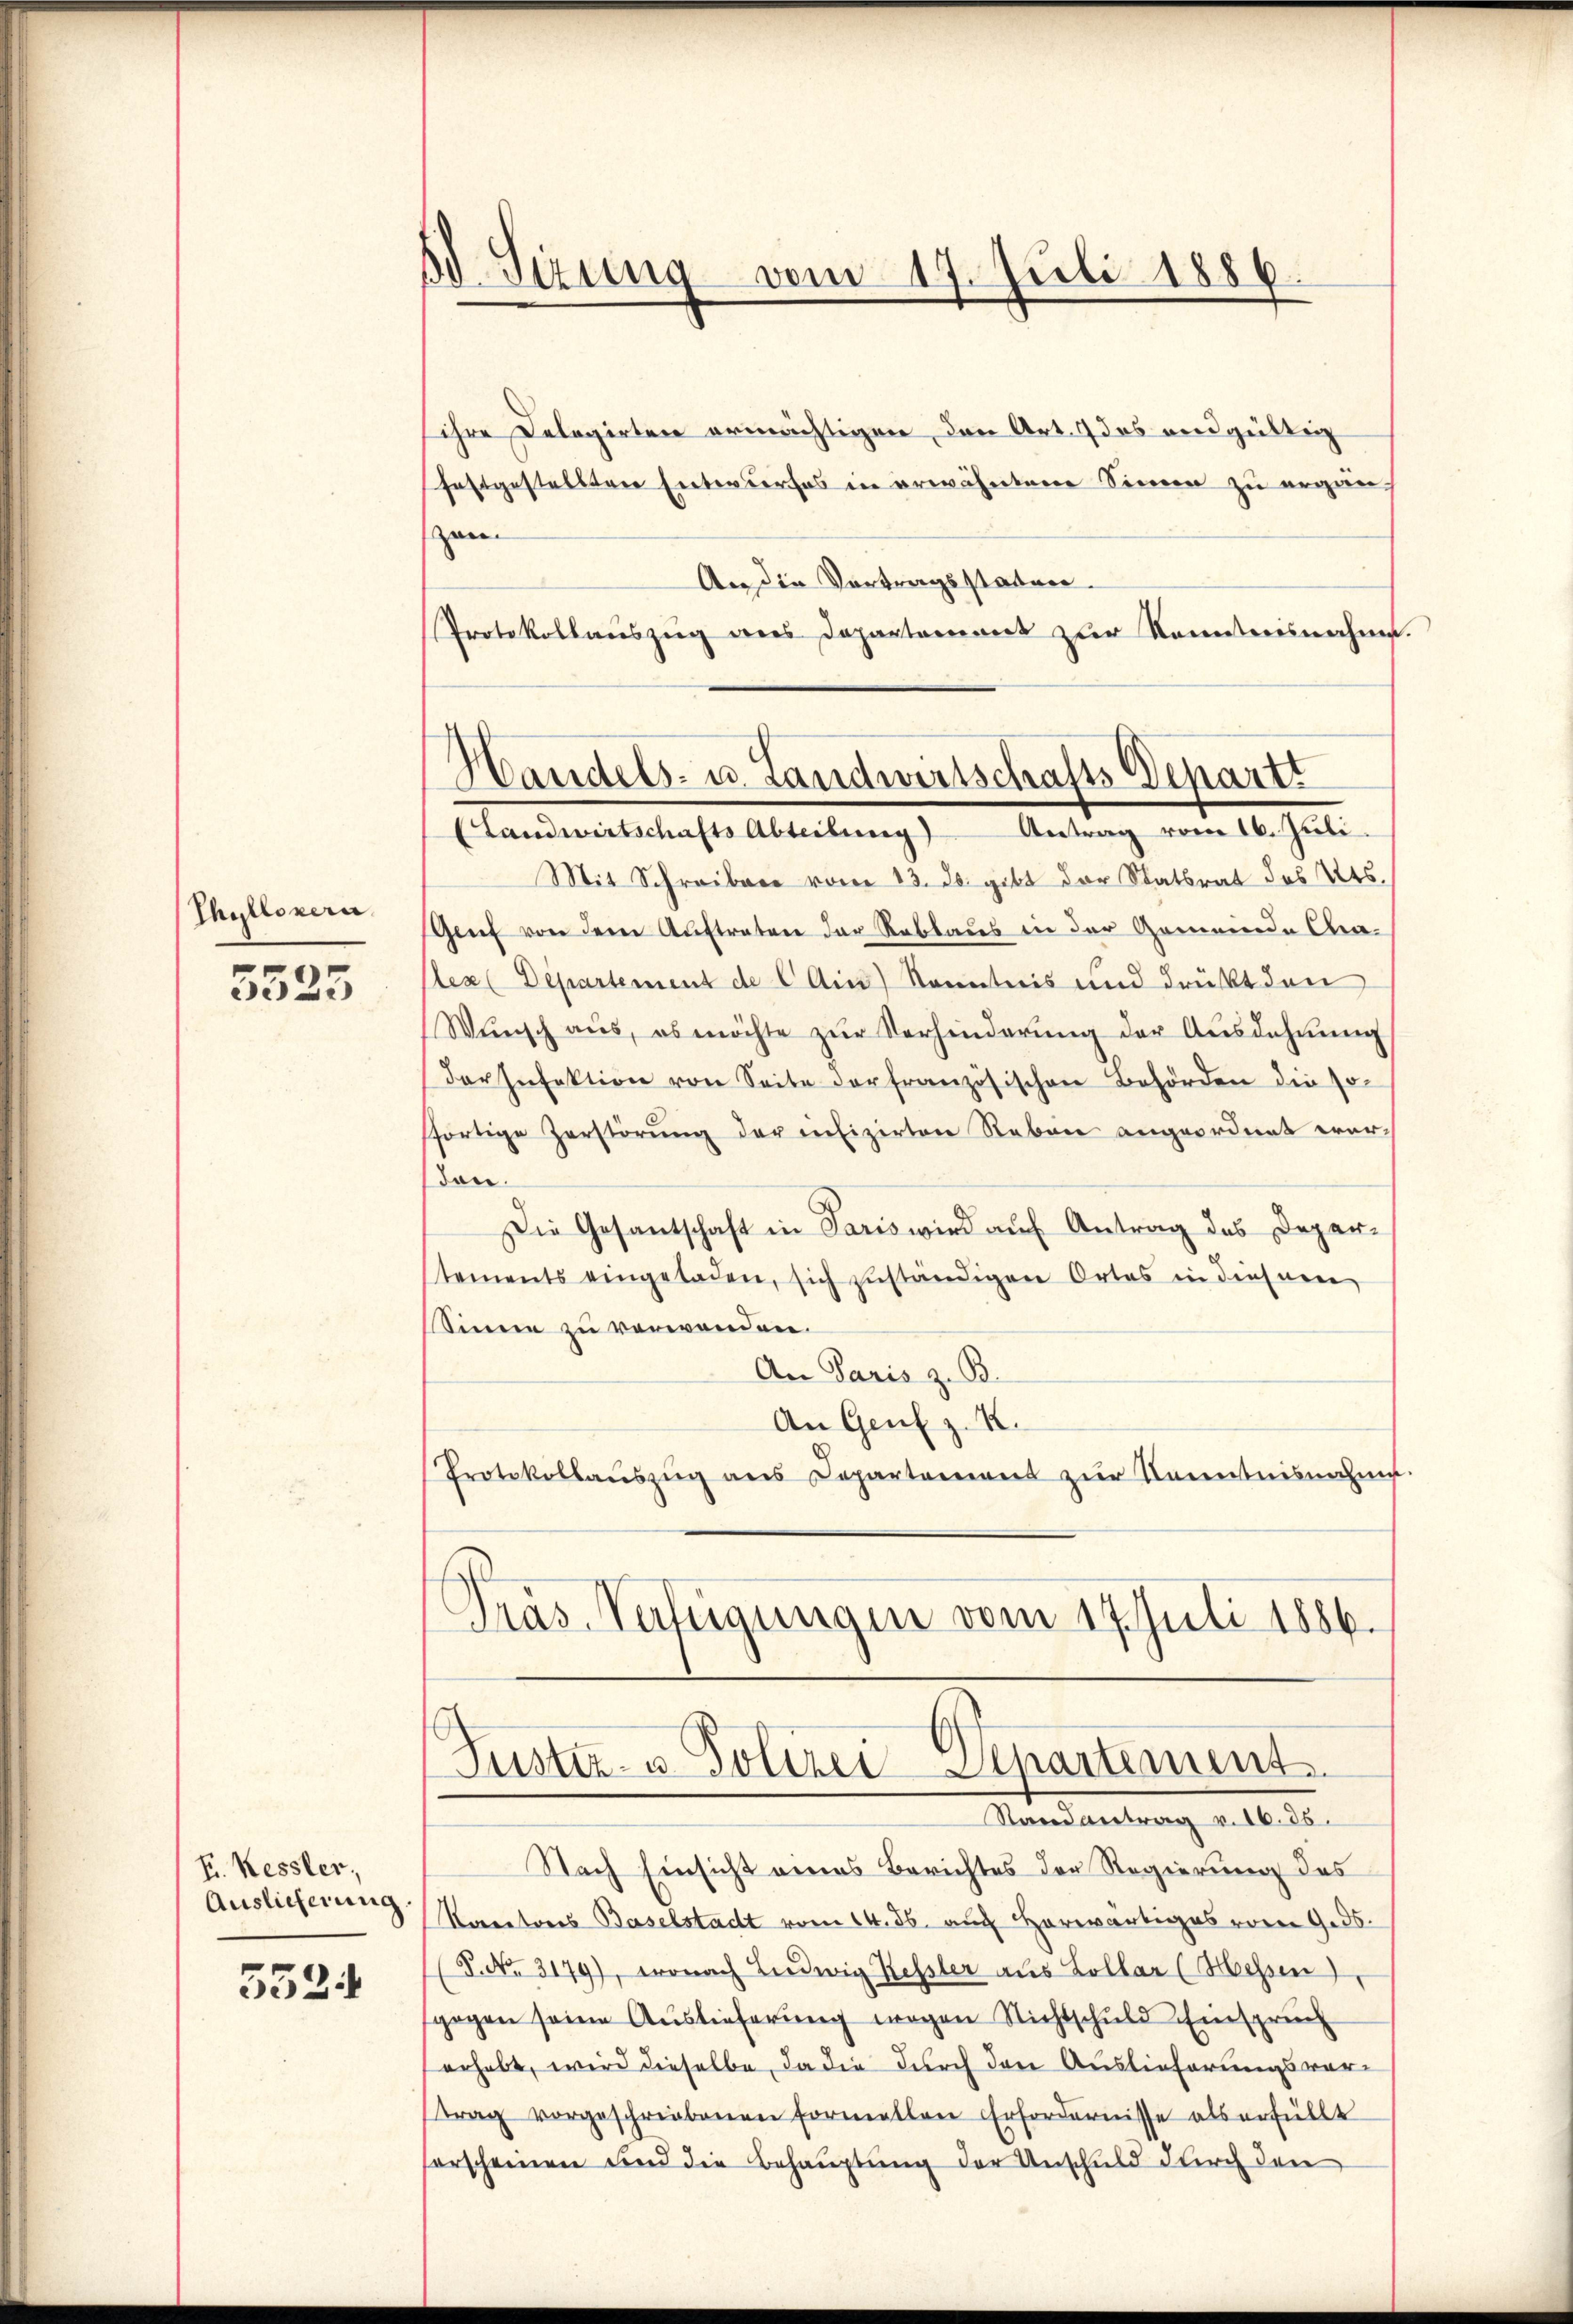
Thullonern.

5525

F. Kessler,
Auslieferung.
5524

3 Sizung vom 17. Juli 1886.

ihre Delegirten ermächtigen, den Art. 9 des vendgültig
festgestellten Entwurfes in erwähnten Sinne zu ergän
zen
An die Vortragsstatuer
Protokollauszug des Departement zur Kenntnisnahme.

Handels- u. Landwirtschafts-Departt
Landwirtschafts Abteilŭng Antrag vom 16. Juli.

Mit Schreiben vom 13. ds. gibt der Statsrat des Kts.
Genf von dere Auftrater der Rablaues in der Gemeinde Cha-
lex (Departement de C Ain) Kenntnis und drückt den
Wŭnsch aŭs, es möchte zŭr Verhinderŭng der Aŭsdahnŭng
der Infektion von Seite der französischen Behörden die sofortige Zerstörung der refizirten Neben angeordnet werden.
Die Gesantschaft in Paris wird aŭf Antrag des Depar-
tements eingeladen, sich zuständigen Ortes in diesner
Sinne zu verwenden.
An Paris z. B.
An Genf z. R.
Protokollaŭszŭg ans Departement zur Kenntnisnahme
Präs. Verfügungen vom 17. Juli 1886.

Justiz- u. Polizei-Aepartement
Randantrag v. 16. 36.

Nach Einsicht eines Berichtes der Regierung des
Koratores Baselstadt vom 14. ds. auch Hors von Ges.
(8. No. 3179), wonach Ludwig Kessler aus Collar (Hessen
gegen seine Auslieferung wegen Nichtschuld Einspruch
erhebt, wird dieselbe, da die durch den Auslieferungsvortrag vorgeschriebenen Formellen Erfordernisse als erfüllt
erscheinen und die Behauptung der Anschuld durch den